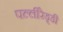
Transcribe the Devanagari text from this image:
पल्लीरेड्डी